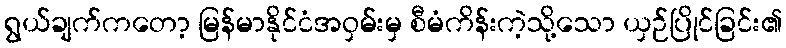
ရွယ်ချက်ကတော့ မြန်မာနိုင်ငံအဝှမ်းမှ စီမံကိန်းကဲ့သို့သော ယှဉ်ပြိုင်ခြင်း၏